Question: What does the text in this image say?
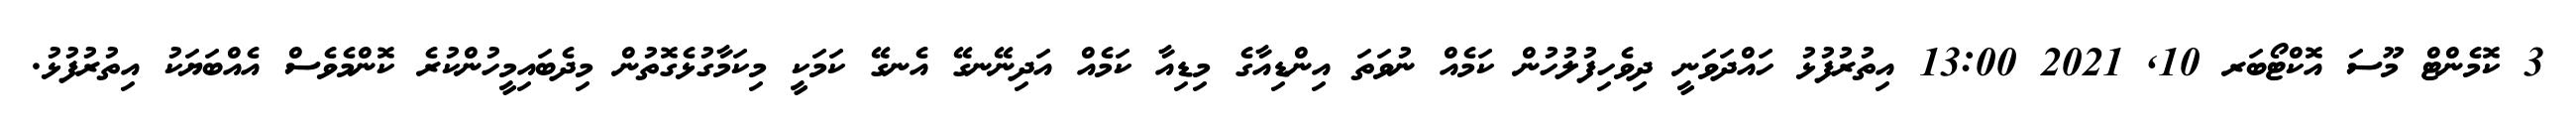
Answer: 3 ކޮމެންޓް މޫސަ އޮކްޓޯބަރ 10, 2021 13:00 އިތުރުފުޅު ހައްދަވަނީ ދިވެހިފުލުހުން ކަމެއް ނުވަތަ އިންޑިއާގެ މިޑިއާ ކަމެއް އަދިނޭނގޭ އެނގޭ ކަމަކީ މިކަމާގުޅެގޮތުން މިދެބައިމީހުންކުރެ ކޮންމެވެސް އެއްބަޔަކު އިތުރުފުޅު.